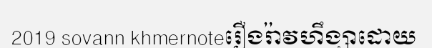
2019 sovann khmernoteរឿងរ៉ាវហឹង្សាដោយ